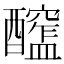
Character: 𨣮